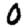
Digit: 0